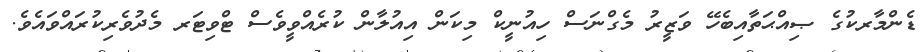
ޑެންމާރކުގެ ޞިއްޙަތާއިބެހޭ ވަޒީރު މެގްނަސް ހިއުނީކް މިކަން އިއުލާން ކުރެއްވީވެސް ޓްވިޓަރ މެދުވެރިކުރައްވައެވެ.